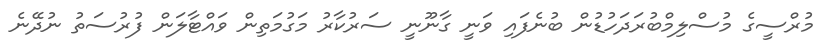
މުރްސީގެ މުސްލިމްބުރަދަހުޑުން ބުނެފައި ވަނީ ގާނޫނީ ސަރުކާރު މަގުމަތިން ވައްޓާލަން ފުރުސަތު ނުދޭނެ